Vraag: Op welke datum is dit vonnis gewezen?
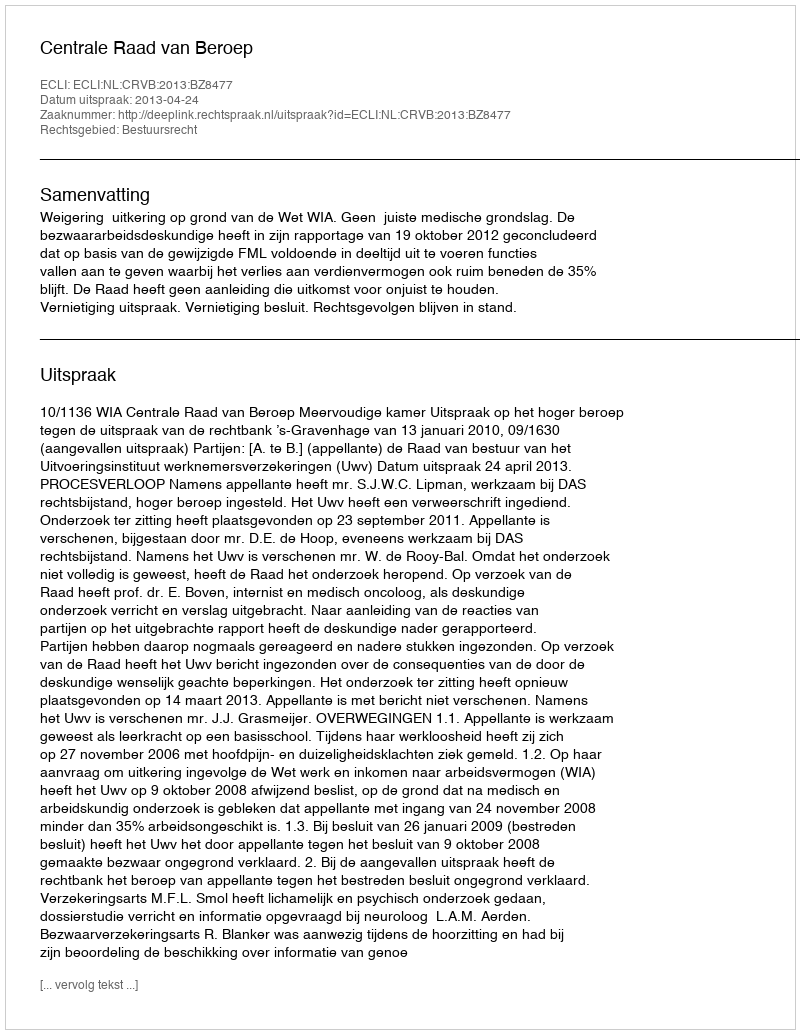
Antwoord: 2013-04-24